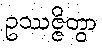
ဥဿဇ္ဇိတွာ